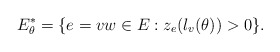
\begin{align*}E^*_\theta=\{e=vw\in E: z_e(\l_v(\theta))>0\}.\end{align*}